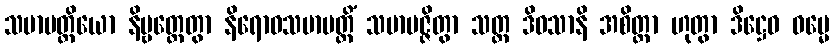
သမာပတ္တိယော နိဗ္ဗတ္တေတွာ နိရောဓသမာပတ္တိံ သမာပဇ္ဇိတွာ သတ္တ ဒိဝသာနိ အစိတ္တာ ဟုတွာ ဒိဋ္ဌေဝ ဓမ္မေ